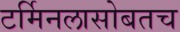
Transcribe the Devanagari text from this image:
टर्मिनलासोबतच